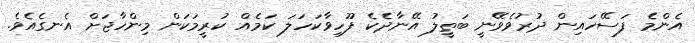
އެންމެ ފަސޭހައިން ދުރުވެވޭނީ ބަތީލު އޭނާދެކެ ފޫހިވާކަހަލަ ކަމެއް ކުރީމަކަން މިންހާޖަށް އެނގެއެވެ.